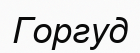
Горгуд